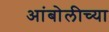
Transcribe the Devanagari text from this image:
आंबोलीच्या